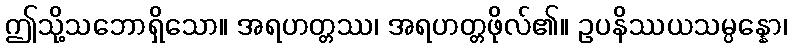
ဤသို့သဘောရှိသော။ အရဟတ္တဿ၊ အရဟတ္တဖိုလ်၏။ ဥပနိဿယသမ္ပန္နော၊